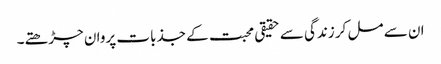
ان سے مل کر زندگی سے حقیقی محبت کے جذبات پروان چڑھتے۔